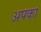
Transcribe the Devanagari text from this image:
अपका